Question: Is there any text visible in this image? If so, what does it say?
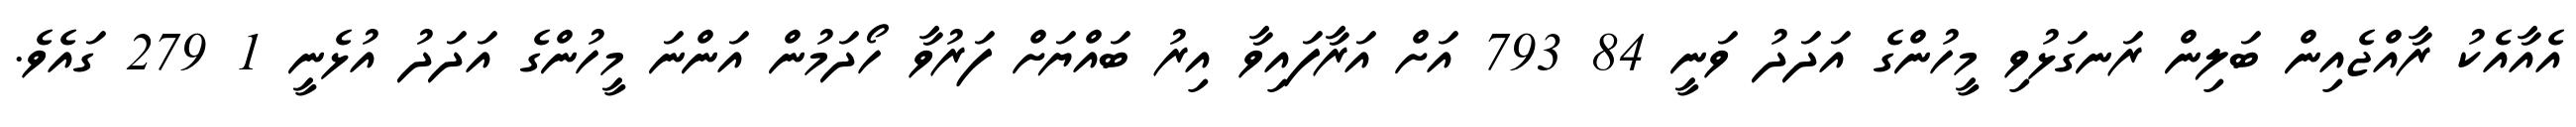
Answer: އެއާއެކު ރާއްޖެއިން ބަލިން ރަނގަޅުވި މީހުންގެ އަދަދު ވަނީ 84 793 އަށް އަރާފައިވާ އިރު ބައްޔަށް ފަރުވާ ހޯދަމުން އަންނަ މީހުންގެ އަދަދު އުޅެނީ 1 279 ގައެވެ.